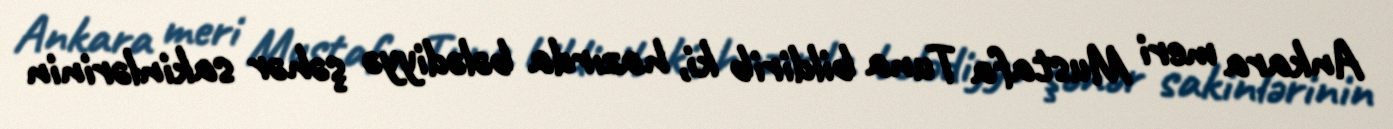
Ankara meri Mustafa Tuna bildirib ki, hazırda bələdiyyə şəhər sakinlərinin